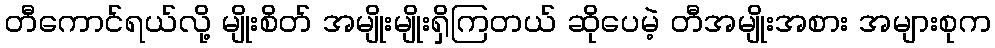
တီကောင်ရယ်လို့ မျိုးစိတ် အမျိုးမျိုးရှိကြတယ် ဆိုပေမဲ့ တီအမျိုးအစား အများစုက